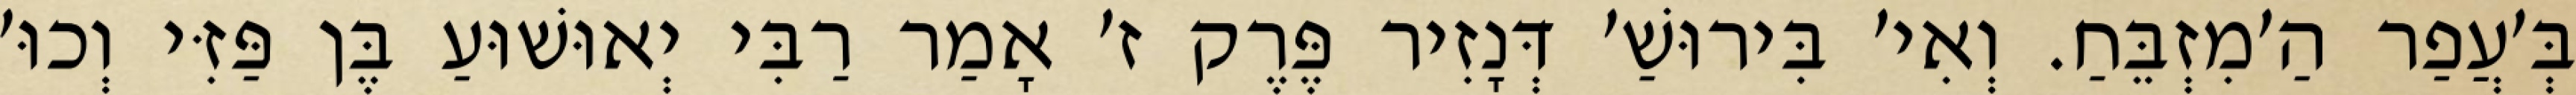
בְּ׳עֲפַר הַ׳מִזְבֵּחַ. וְאִי׳ בִּירוּשַׁ׳ דְּנָזִיר פֶּרֶק ז׳ אָמַר רַבִּי יְאוּשׁוּעַ בֶּן פַּזִּי וְכוּ׳